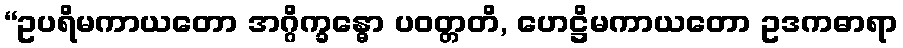
“ဥပရိမကာယတော အဂ္ဂိက္ခန္ဓော ပဝတ္တတိ, ဟေဋ္ဌိမကာယတော ဥဒကဓာရာ